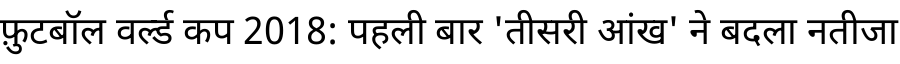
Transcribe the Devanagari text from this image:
फ़ुटबॉल वर्ल्ड कप 2018: पहली बार 'तीसरी आंख' ने बदला नतीजा